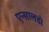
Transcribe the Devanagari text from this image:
एन्सालडो